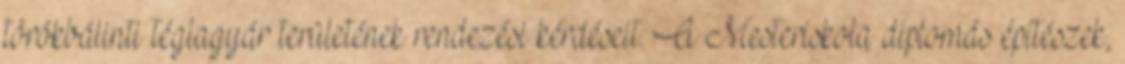
törökbálinti téglagyár területének rendezési kérdéseit. A Mesteriskola diplomás építészek,